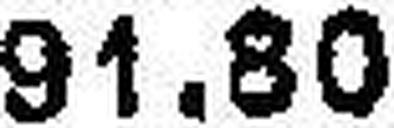
91.80